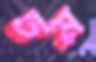
ঢম